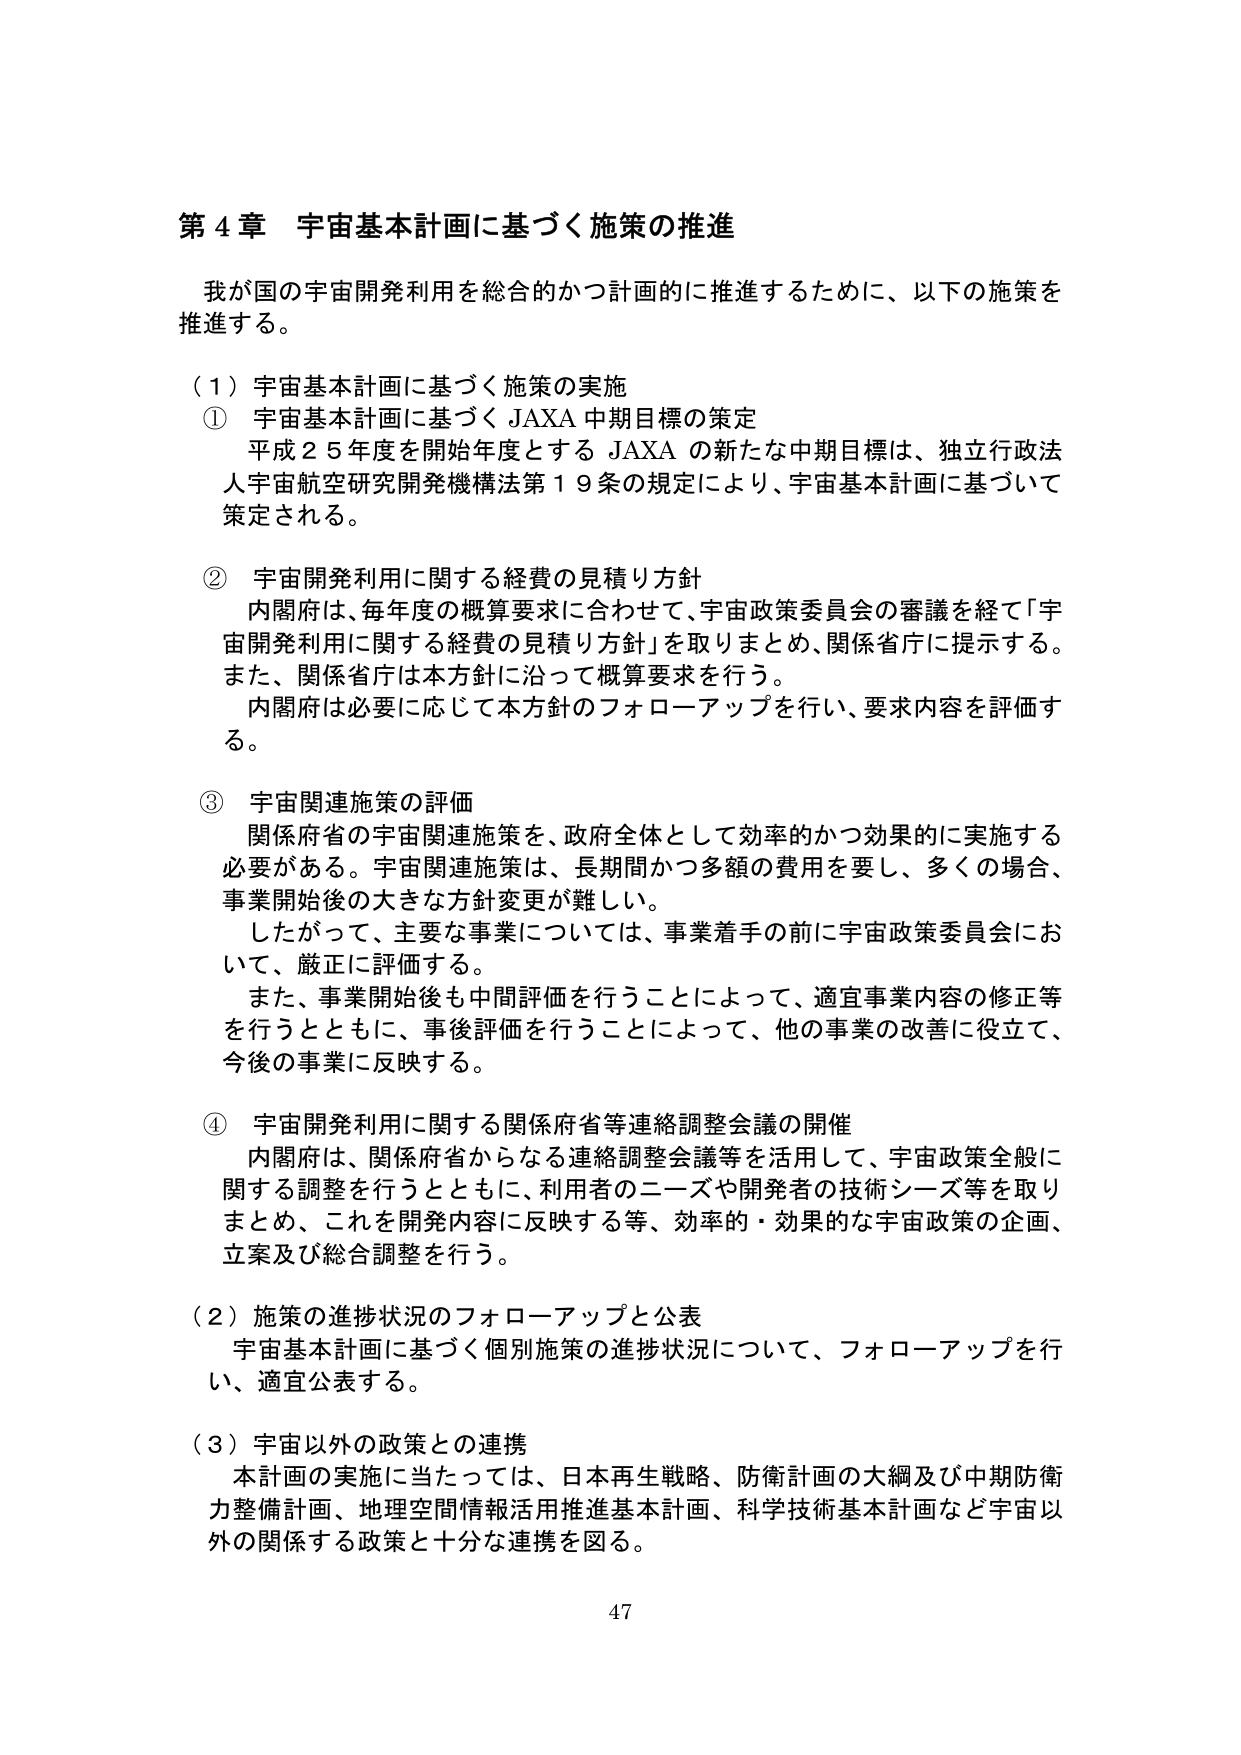
第４章 宇宙基本計画に基づく施策の推進

我が国の宇宙開発利用を総合的かつ計画的に推進するために、以下の施策を推進する。

（１）宇宙基本計画に基づく施策の実施

① 宇宙基本計画に基づくJAXA中期目標の策定
平成２５年度を開始年度とするJAXAの新たな中期目標は、独立行政法人宇宙航空研究開発機構法第１９条の規定により、宇宙基本計画に基づいて策定される。

② 宇宙開発利用に関する経費の見積り方針
内閣府は、毎年度の概算要求に合わせて、宇宙政策委員会の審議を経て「宇宙開発利用に関する経費の見積り方針」を取りまとめ、関係省庁に提示する。また、関係省庁は本方針に沿って概算要求を行う。
内閣府は必要に応じて本方針のフォローアップを行い、要求内容を評価する。

③ 宇宙関連施策の評価
関係府省の宇宙関連施策を、政府全体として効率的かつ効果的に実施する必要がある。宇宙関連施策は、長期間かつ多額の費用を要し、多くの場合、事業開始後の大きな方針変更が難しい。
したがって、主要な事業については、事業着手の前に宇宙政策委員会において、厳正に評価する。
また、事業開始後も中間評価を行うことによって、適宜事業内容の修正等を行うとともに、事後評価を行うことによって、他の事業の改善に役立て、今後の事業に反映する。

④ 宇宙開発利用に関する関係府省等連絡調整会議の開催
内閣府は、関係府省からなる連絡調整会議等を活用して、宇宙政策全般に関する調整を行うとともに、利用者のニーズや開発者の技術シーズ等を取りまとめ、これを開発内容に反映する等、効率的・効果的な宇宙政策の企画、立案及び総合調整を行う。

（２）施策の進捗状況のフォローアップと公表
宇宙基本計画に基づく個別施策の進捗状況について、フォローアップを行い、適宜公表する。

（３）宇宙以外の政策との連携
本計画の実施に当たっては、日本再生戦略、防衛計画の大綱及び中期防衛力整備計画、地理空間情報活用推進基本計画、科学技術基本計画など宇宙以外の関係する政策と十分な連携を図る。

47